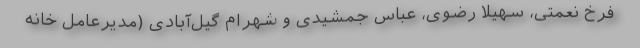
فرخ نعمتی، سهیلا رضوی، عباس جمشیدی و شهرام گیل‌آبادی (مدیرعامل خانه